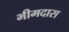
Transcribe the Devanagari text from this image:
भीमदास